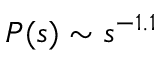
P ( s ) \sim s ^ { - 1 . 1 }